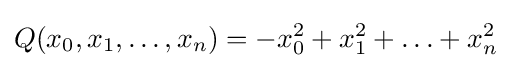
Q(x_{0},x_{1},\ldots ,x_{n})=-x_{0}^{2}+x_{1}^{2}+\ldots +x_{n}^{2}